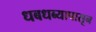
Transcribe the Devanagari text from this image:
धबधब्यापासून